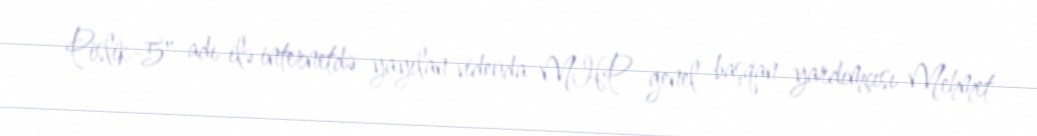
Pislik-5" adı ilə internetdə yayılan videoda MHP genel başqan yardımçısı Mehmet